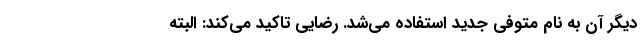
دیگر آن به نام متوفی جدید استفاده می‌شد. رضایی تاکید می‌کند: البته